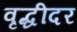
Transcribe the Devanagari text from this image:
वृद्धीदर